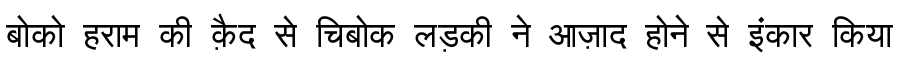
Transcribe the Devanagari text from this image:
बोको हराम की क़ैद से चिबोक लड़की ने आज़ाद होने से इंकार किया